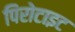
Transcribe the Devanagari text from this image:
पिरोटाइट